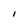
Character: i